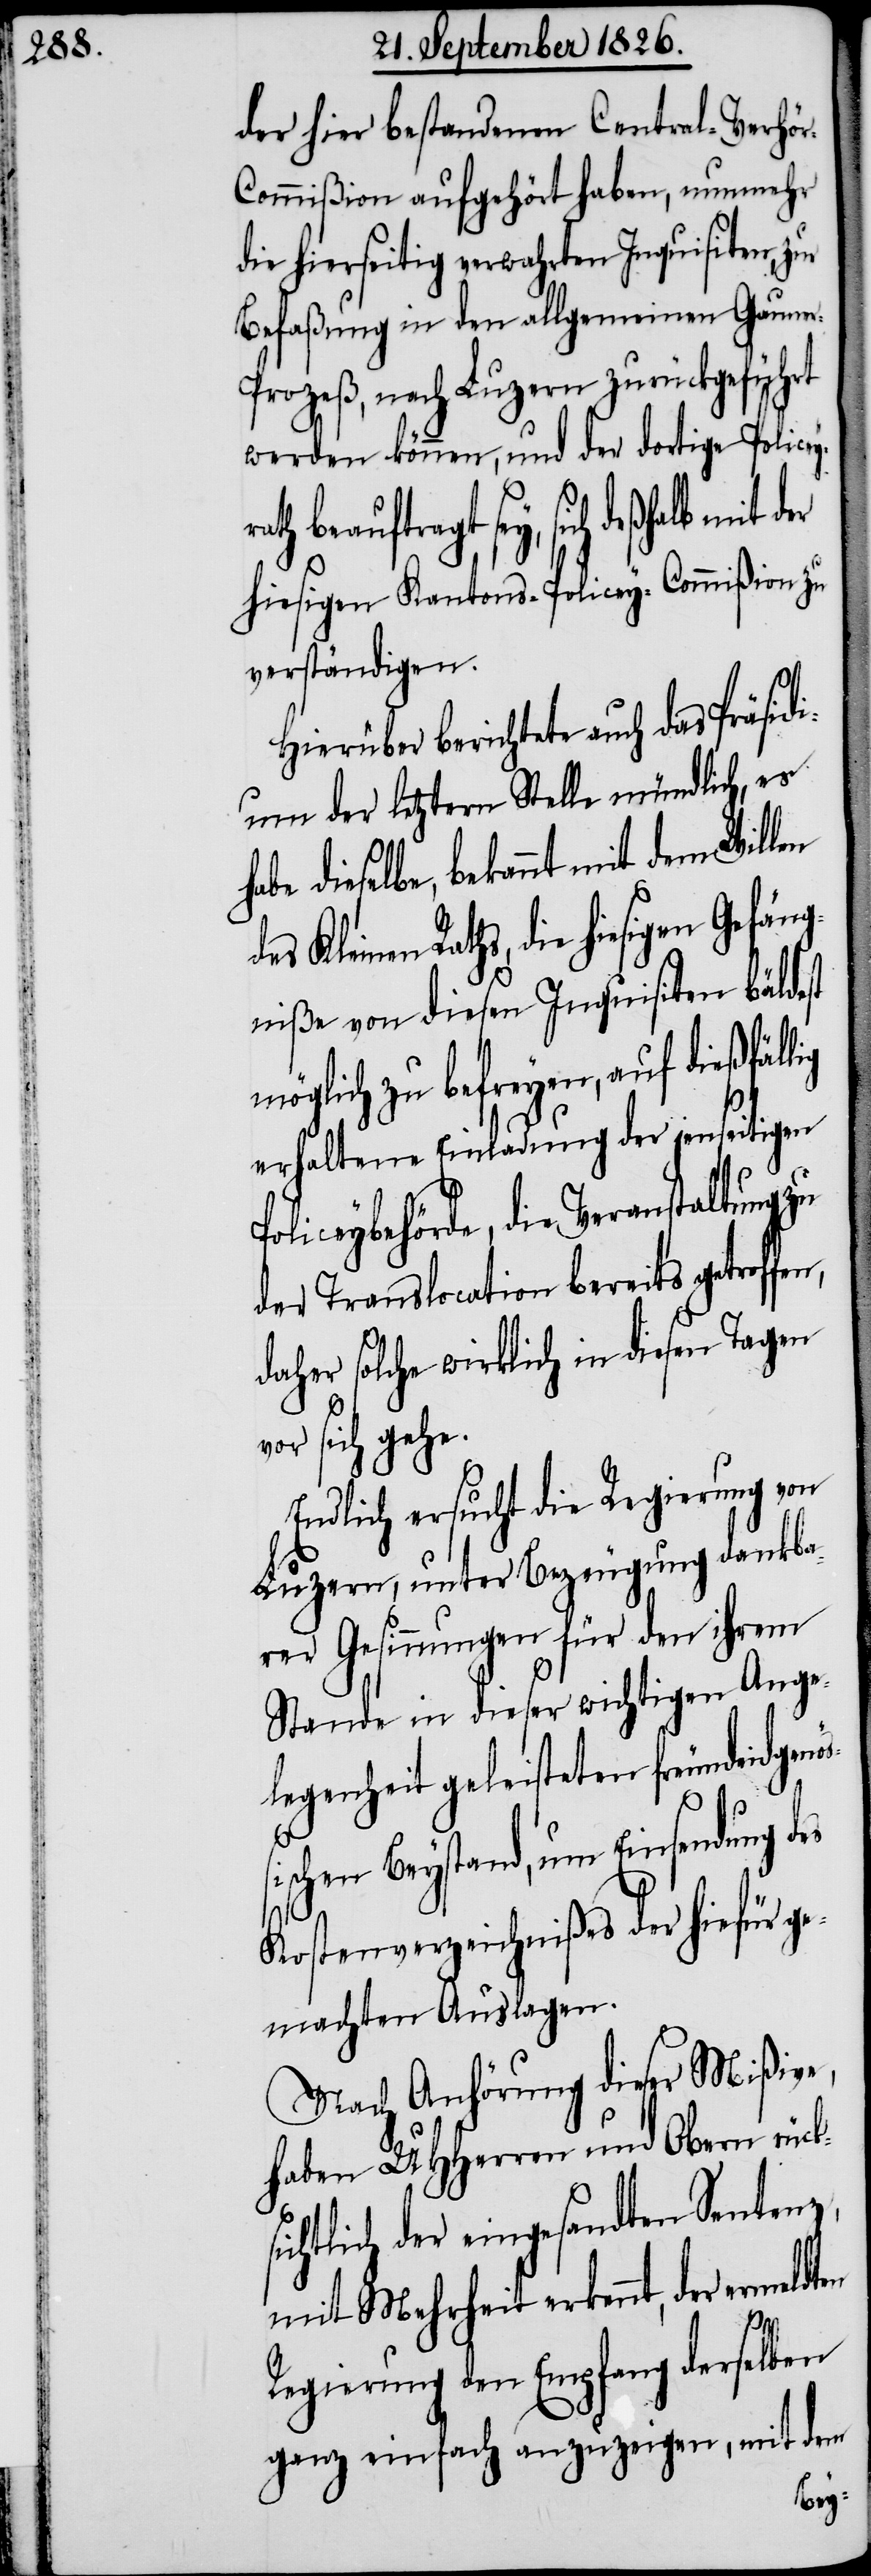
öß¬

der hier bestandenen Central-Verhö¬
r-Commißion aufgehört haben, nunmehr
die hierseitig verwahrten Inquisiten,
Befaßung in den allgemeinen Gauner-P¬
rozeß, nach Luzern zurückgeführt
werden könne, und der dortige Police¬
agt sey, sich deßhalb mit der
hiesigen Kantons-Policey-Commißion zu
verständigen.
Hierüber berichtete auch das Präsidi¬
um der letztern Stelle mündlich, es
dieselbe, bekannt mit dem Willen
Kleinen Raths, die hiesigen Gefän¬
gniße von diesen Inquisiten bäldest
möglich zu befreyen, auf dießfäl¬
erhaltene Einladung der jenseitigen
liceybehörde, die Veranstaltung zu
der Translocation bereits getrof¬
daher solche wirklich in diesen Tagen
vor sich gehe.
Endlich ersucht die Regierung von
Luzern, unter Bezeugung dankba¬
rer Gesinnungen für den ihrem
Stande in dieser wichtigen Ange¬
legenheit geleisteten freundeidgen¬
ischen Beystand, um Einsendung des
Kostenverzeichnißes der hiefür ge¬
machten Auslagen.
Nach Anhörung dieser Mißive,
haben MHHerren und Obern rücks¬
ichtlich der eingesandten Sentenz¬
mit Mehrheit erkennt, der ermeldten
Regierung den Empfang derselben
ganz einfach anzuzeigen, mit dem
en,